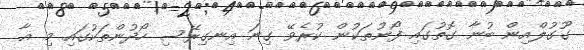
ގޫގުލްއިން ބުނާ ގޮތުގައި ފޯނުތަކުން ކުރެވޭ ގިނަ އިނގިރޭސި ހޯދުންތަކުގައި މި އާ